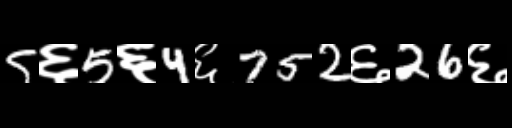
Text: 5६5६4६752६26६